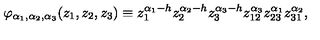
\varphi _ { \alpha _ { 1 } , \alpha _ { 2 } , \alpha _ { 3 } } ( z _ { 1 } , z _ { 2 } , z _ { 3 } ) \equiv z _ { 1 } ^ { \alpha _ { 1 } - h } z _ { 2 } ^ { \alpha _ { 2 } - h } z _ { 3 } ^ { \alpha _ { 3 } - h } z _ { 1 2 } ^ { \alpha _ { 3 } } z _ { 2 3 } ^ { \alpha _ { 1 } } z _ { 3 1 } ^ { \alpha _ { 2 } } ,